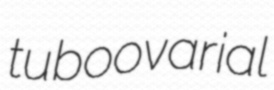
tuboovarial